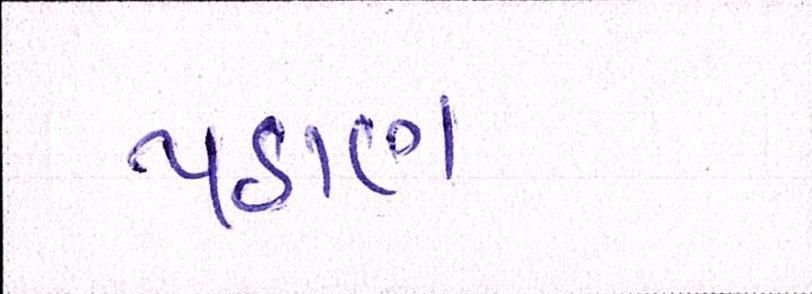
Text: પઠાણ